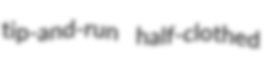
tip-and-run half-clothed